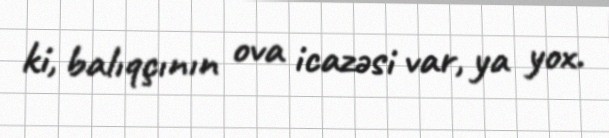
ki, balıqçının ova icazəsi var, ya yox.